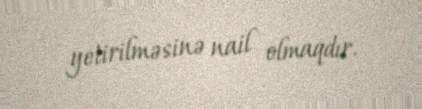
yetirilməsinə nail olmaqdır.